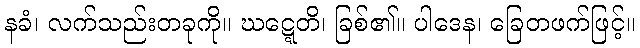
နခံ၊ လက်သည်းတခုကို။ ဃဋ္ဋေတိ၊ ခြစ်၏။ ပါဒေန၊ ခြေတဖက်ဖြင့်။